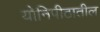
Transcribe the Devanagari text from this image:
योनिपीठातील